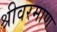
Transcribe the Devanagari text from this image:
श्रीवरमाण